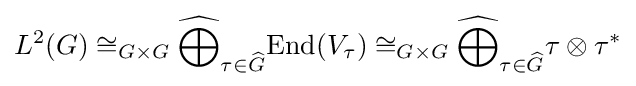
L^{2}(G)\cong _{G\times G}{\widehat {\bigoplus }}_{\tau \in {\widehat {G}}}{\text{End}}(V_{\tau })\cong _{G\times G}{\widehat {\bigoplus }}_{\tau \in {\widehat {G}}}\tau \otimes \tau ^{*}